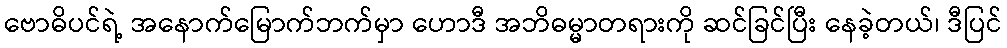
ဗောဓိပင်ရဲ့ အနောက်မြောက်ဘက်မှာ ဟောဒီ အဘိဓမ္မာတရားကို ဆင်ခြင်ပြီး နေခဲ့တယ်၊ ဒီပြင်